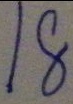
1 8